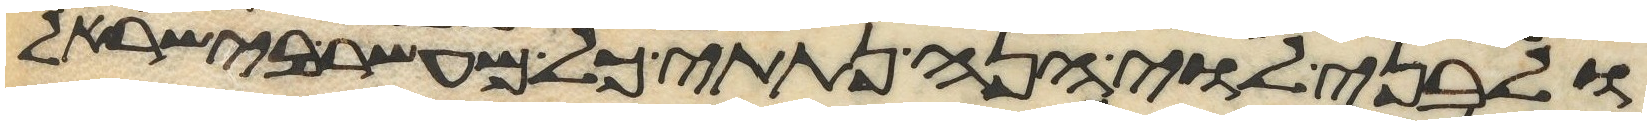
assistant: ולבני לוי הנה נתתי כל מעשר בישראל